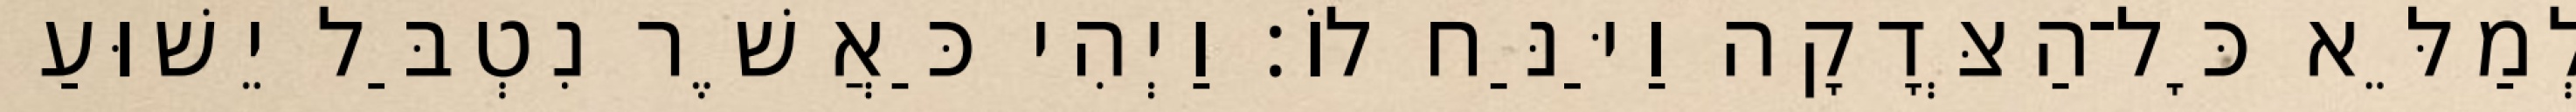
לְמַלֵּא כָּל־הַצְּדָקָה וַיַּנַּח לוֹ׃ וַיְהִי כַּאֲשֶׁר נִטְבַּל יֵשׁוּעַ